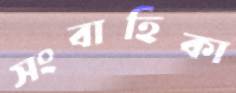
সংবাহিকা